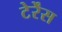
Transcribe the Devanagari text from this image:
टेर्रेंस